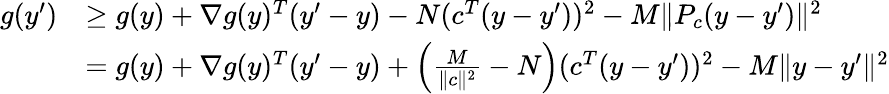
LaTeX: \begin{array}{rl}{g(y^{\prime})}&{\geq g(y)+\nabla g(y)^{T}(y^{\prime}-y)-N(c^{T}(y-y^{\prime}))^{2}-M\| P_{c}(y-y^{\prime})\| ^{2}}\\ &{=g(y)+\nabla g(y)^{T}(y^{\prime}-y)+\left(\frac{M}{\| c\| ^{2}}-N\right)(c^{T}(y-y^{\prime}))^{2}-M\| y-y^{\prime}\| ^{2}}\end{array}